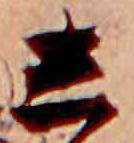
し